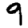
Digit: 9